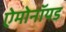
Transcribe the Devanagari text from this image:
ऐमोनॉयड